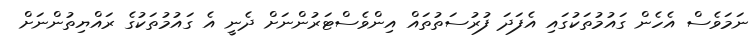
ނަމަވެސް އެހެން ގައުމުތަކުގައި އެފަދަ ފުރުސަތުތައް އިންވެސްޓަރުންނަށް ދެނީ އެ ގައުމުތަކުގެ ރައްޔިތުންނަށް